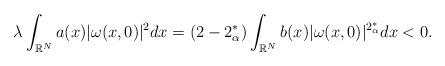
LaTeX: \begin{align*}\lambda\displaystyle\int_{\mathbb{R}^N}a(x)|\omega(x,0)|^2dx=(2-2_\alpha^*)\displaystyle\int_{\mathbb{R}^N}b(x)|\omega(x,0)|^{2_\alpha^*}dx<0.\end{align*}